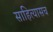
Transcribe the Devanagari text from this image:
साहित्यासच